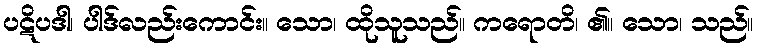
ပဋိပဒါ၊ ပါဒ်လည်းကောင်း။ သော၊ ထိုသူသည်။ ကရောတိ၊ ၏။ သော၊ သည်။